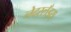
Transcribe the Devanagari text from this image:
नेदरलँड्स्